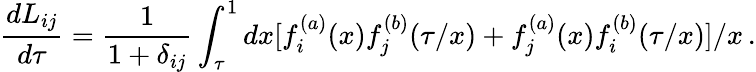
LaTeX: \frac{dL_{ij}}{d\tau}=\frac{1}{1+\delta_{ij}}\int_{\tau}^{1}dx[f_{i}^{(a)}(x)f_{j}^{(b)}(\tau/x)+f_{j}^{(a)}(x)f_{i}^{(b)}(\tau/x)]/x\, .